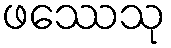
ဖဿေသု